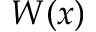
W ( x )